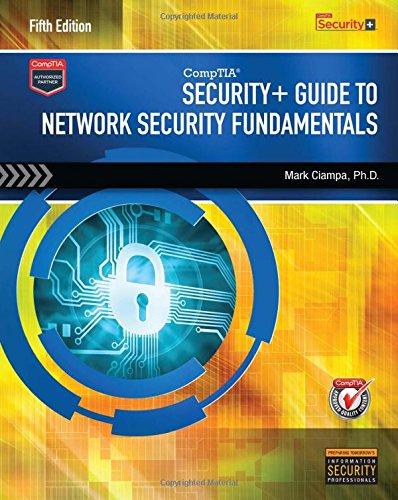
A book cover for CompTIA Security+ Guide to Network Security Fundamentals; Mark Ciampa; Computers & Technology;